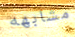
مشابهه